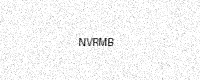
Text: NVRMB